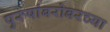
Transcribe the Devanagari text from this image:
पुरुषांबरोबरच्या